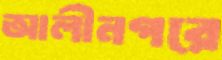
আলীনগরে